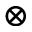
\otimes